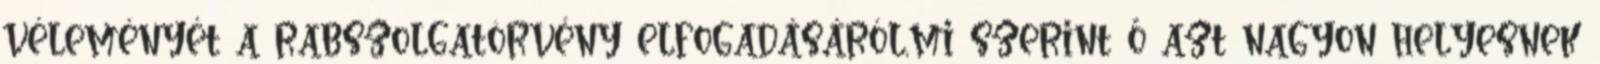
véleményét a rabszolgatörvény elfogadásáról,mi szerint ő azt nagyon helyesnek